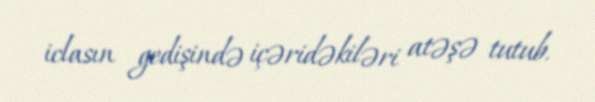
iclasın gedişində içəridəkiləri atəşə tutub.